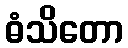
ဓံသိတော